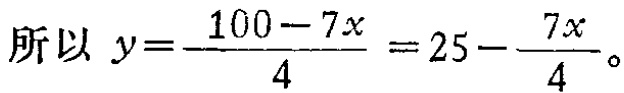
所以 \(y = \frac{100 - 7x}{4} = 25 - \frac{7x}{4}\)。